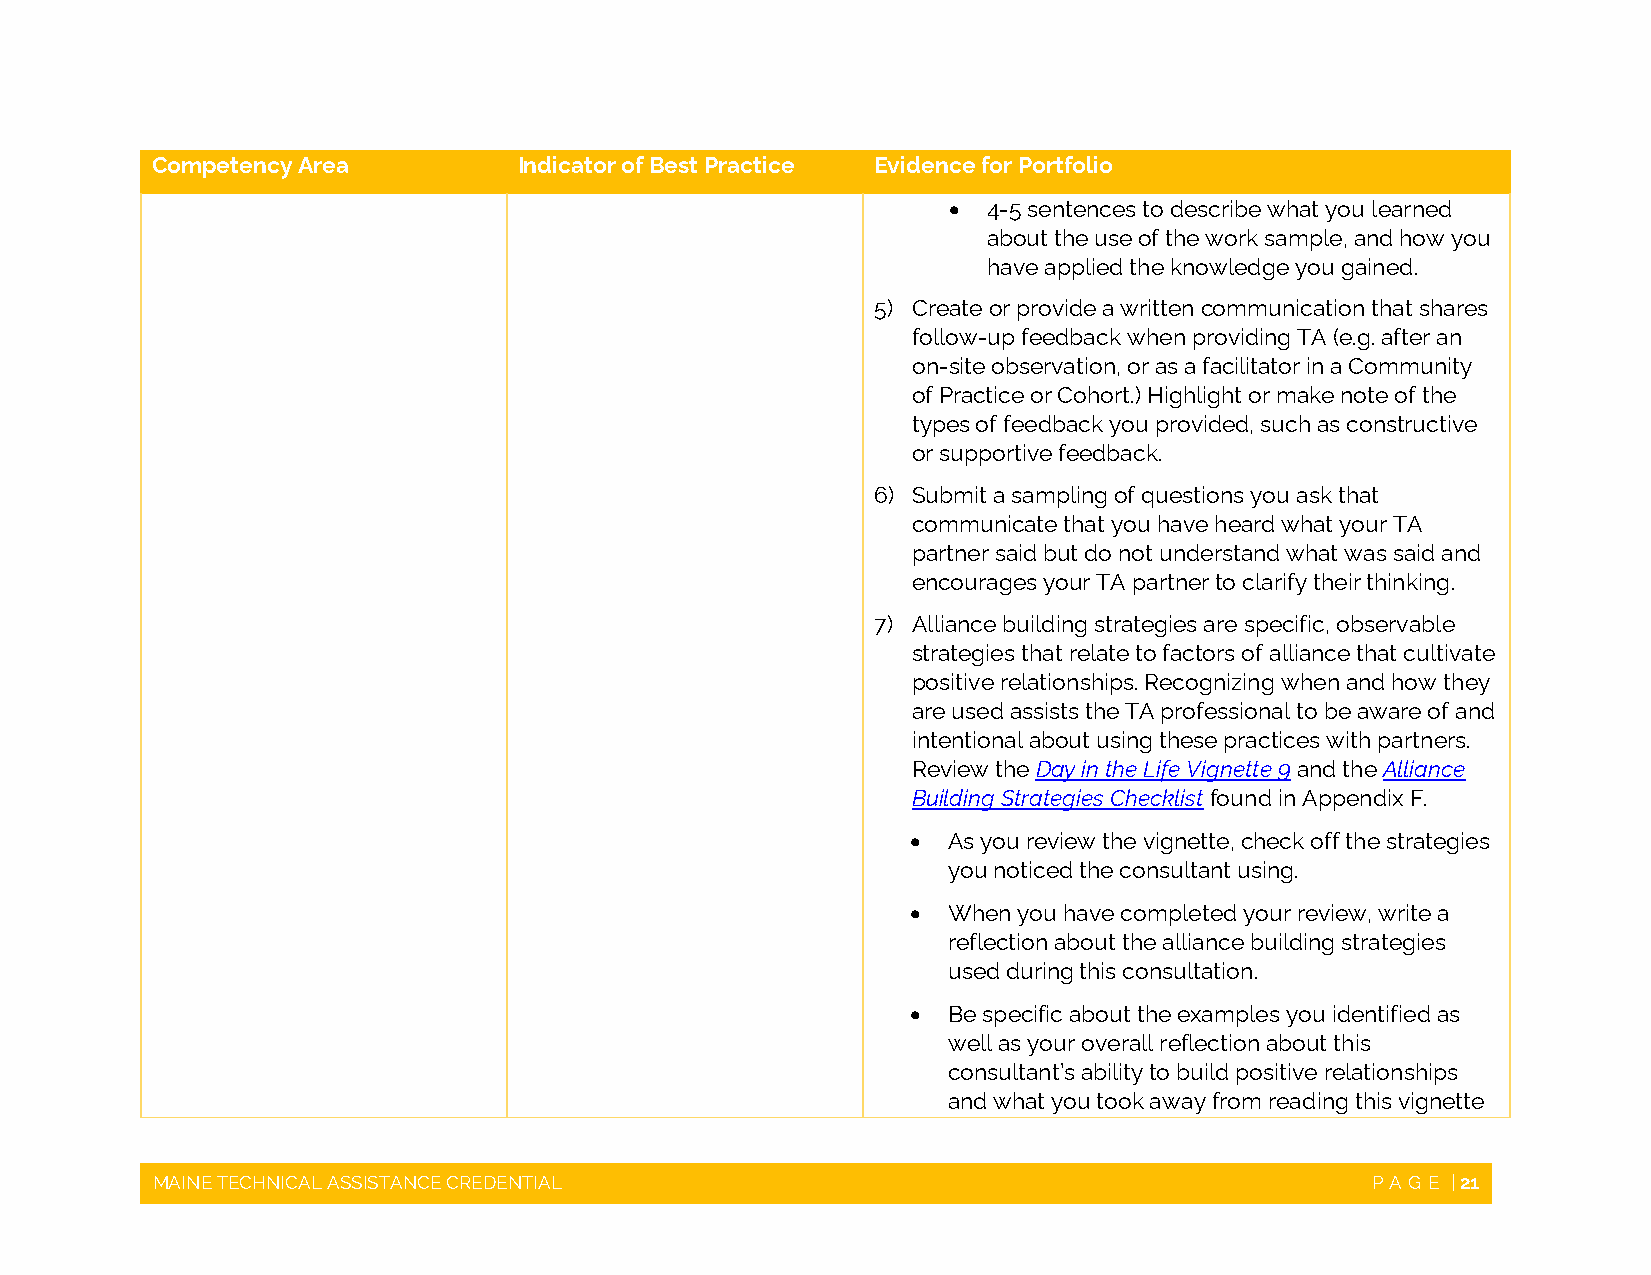
Competency Area         Indicator of Best Practice Evidence for Portfolio
  4-5 sentences to describe what you learned
 about the use of the work sample, and how you
 have applied the knowledge you gained.
 5) Create or provide a written communication that shares
 follow-up feedback when providing TA (e.g. after an
 on-site observation, or as a facilitator in a Community
 of Practice or Cohort.) Highlight or make note of the
 types of feedback you provided, such as constructive
 or supportive feedback.
 6) Submit a sampling of questions you ask that
 communicate that you have heard what your TA
 partner said but do not understand what was said and
 encourages your TA partner to clarify their thinking.
 7) Alliance building strategies are specific, observable
 strategies that relate to factors of alliance that cultivate
 positive relationships. Recognizing when and how they
 are used assists the TA professional to be aware of and
 intentional about using these practices with partners.
 Review the Day in the Life Vignette 9 and the Alliance
 Building Strategies Checklist found in Appendix F.
   As you review the vignette, check off the strategies
 you noticed the consultant using.
   When you have completed your review, write a
 reflection about the alliance building strategies
 used during this consultation.
   Be specific about the examples you identified as
 well as your overall reflection about this
 consultant’s ability to build positive relationships
 and what you took away from reading this vignette
 MAINE TECHNICAL ASSISTANCE CREDENTIAL                                            PAGE | 21